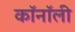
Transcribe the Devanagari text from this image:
कॉनॉली